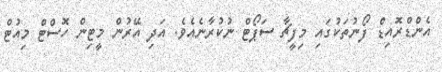
އެންޑްރޮއިޑް ފޯނުތަކުގައި މިފީޗާ ސަޕޯޓް ނުކުރާނެއެވެ. އަދި އޭރުން މީޓިން ހޮސްޓް މިއުޓް